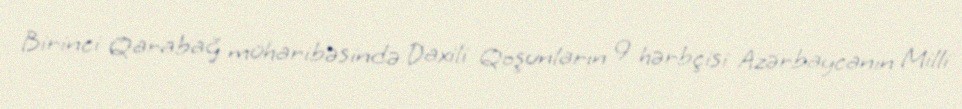
Birinci Qarabağ müharibəsində Daxili Qoşunların 9 hərbçisi Azərbaycanın Milli